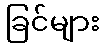
ခြင်များ